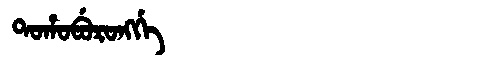
Manchu: ᡨᠣᡥᠣᠪᡠᡵᠣᠩᡤᡝ
Romanization: TOHOBURONGGE